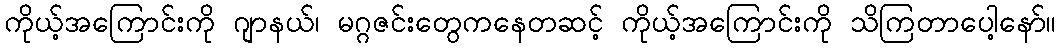
ကိုယ့်အကြောင်းကို ဂျာနယ်၊ မဂ္ဂဇင်းတွေကနေတဆင့် ကိုယ့်အကြောင်းကို သိကြတာပေါ့နော်။